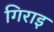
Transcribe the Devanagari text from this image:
गिराइ